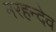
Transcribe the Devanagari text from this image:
मरहन्देव